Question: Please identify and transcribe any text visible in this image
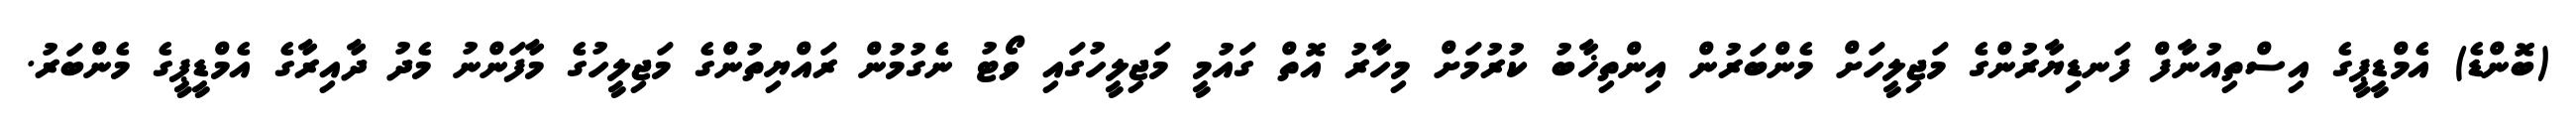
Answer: (ބޮންޑެ) އެމްޑީޕީގެ އިސްތިއުނާފް ފަނޑިޔާރުންގެ މަޖިލީހަށް މެންބަރުން އިންތިޚާބު ކުރުމަށް މިހާރު އޮތް ގައުމީ މަޖިލީހުގައި ވޯޓު ނެގުމުން ރައްޔިތުންގެ މަޖިލީހުގެ މާފަންނު މެދު ދާއިރާގެ އެމްޑީޕީގެ މެންބަރު.